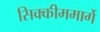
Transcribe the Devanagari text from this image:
सिक्कीममार्गे